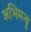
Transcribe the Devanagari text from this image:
अभिमन्‍यु